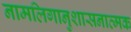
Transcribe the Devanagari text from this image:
नामलिगानुशासनात्मक